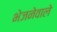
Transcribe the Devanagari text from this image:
भेजनेवाले